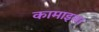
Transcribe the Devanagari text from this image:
कामाइसा